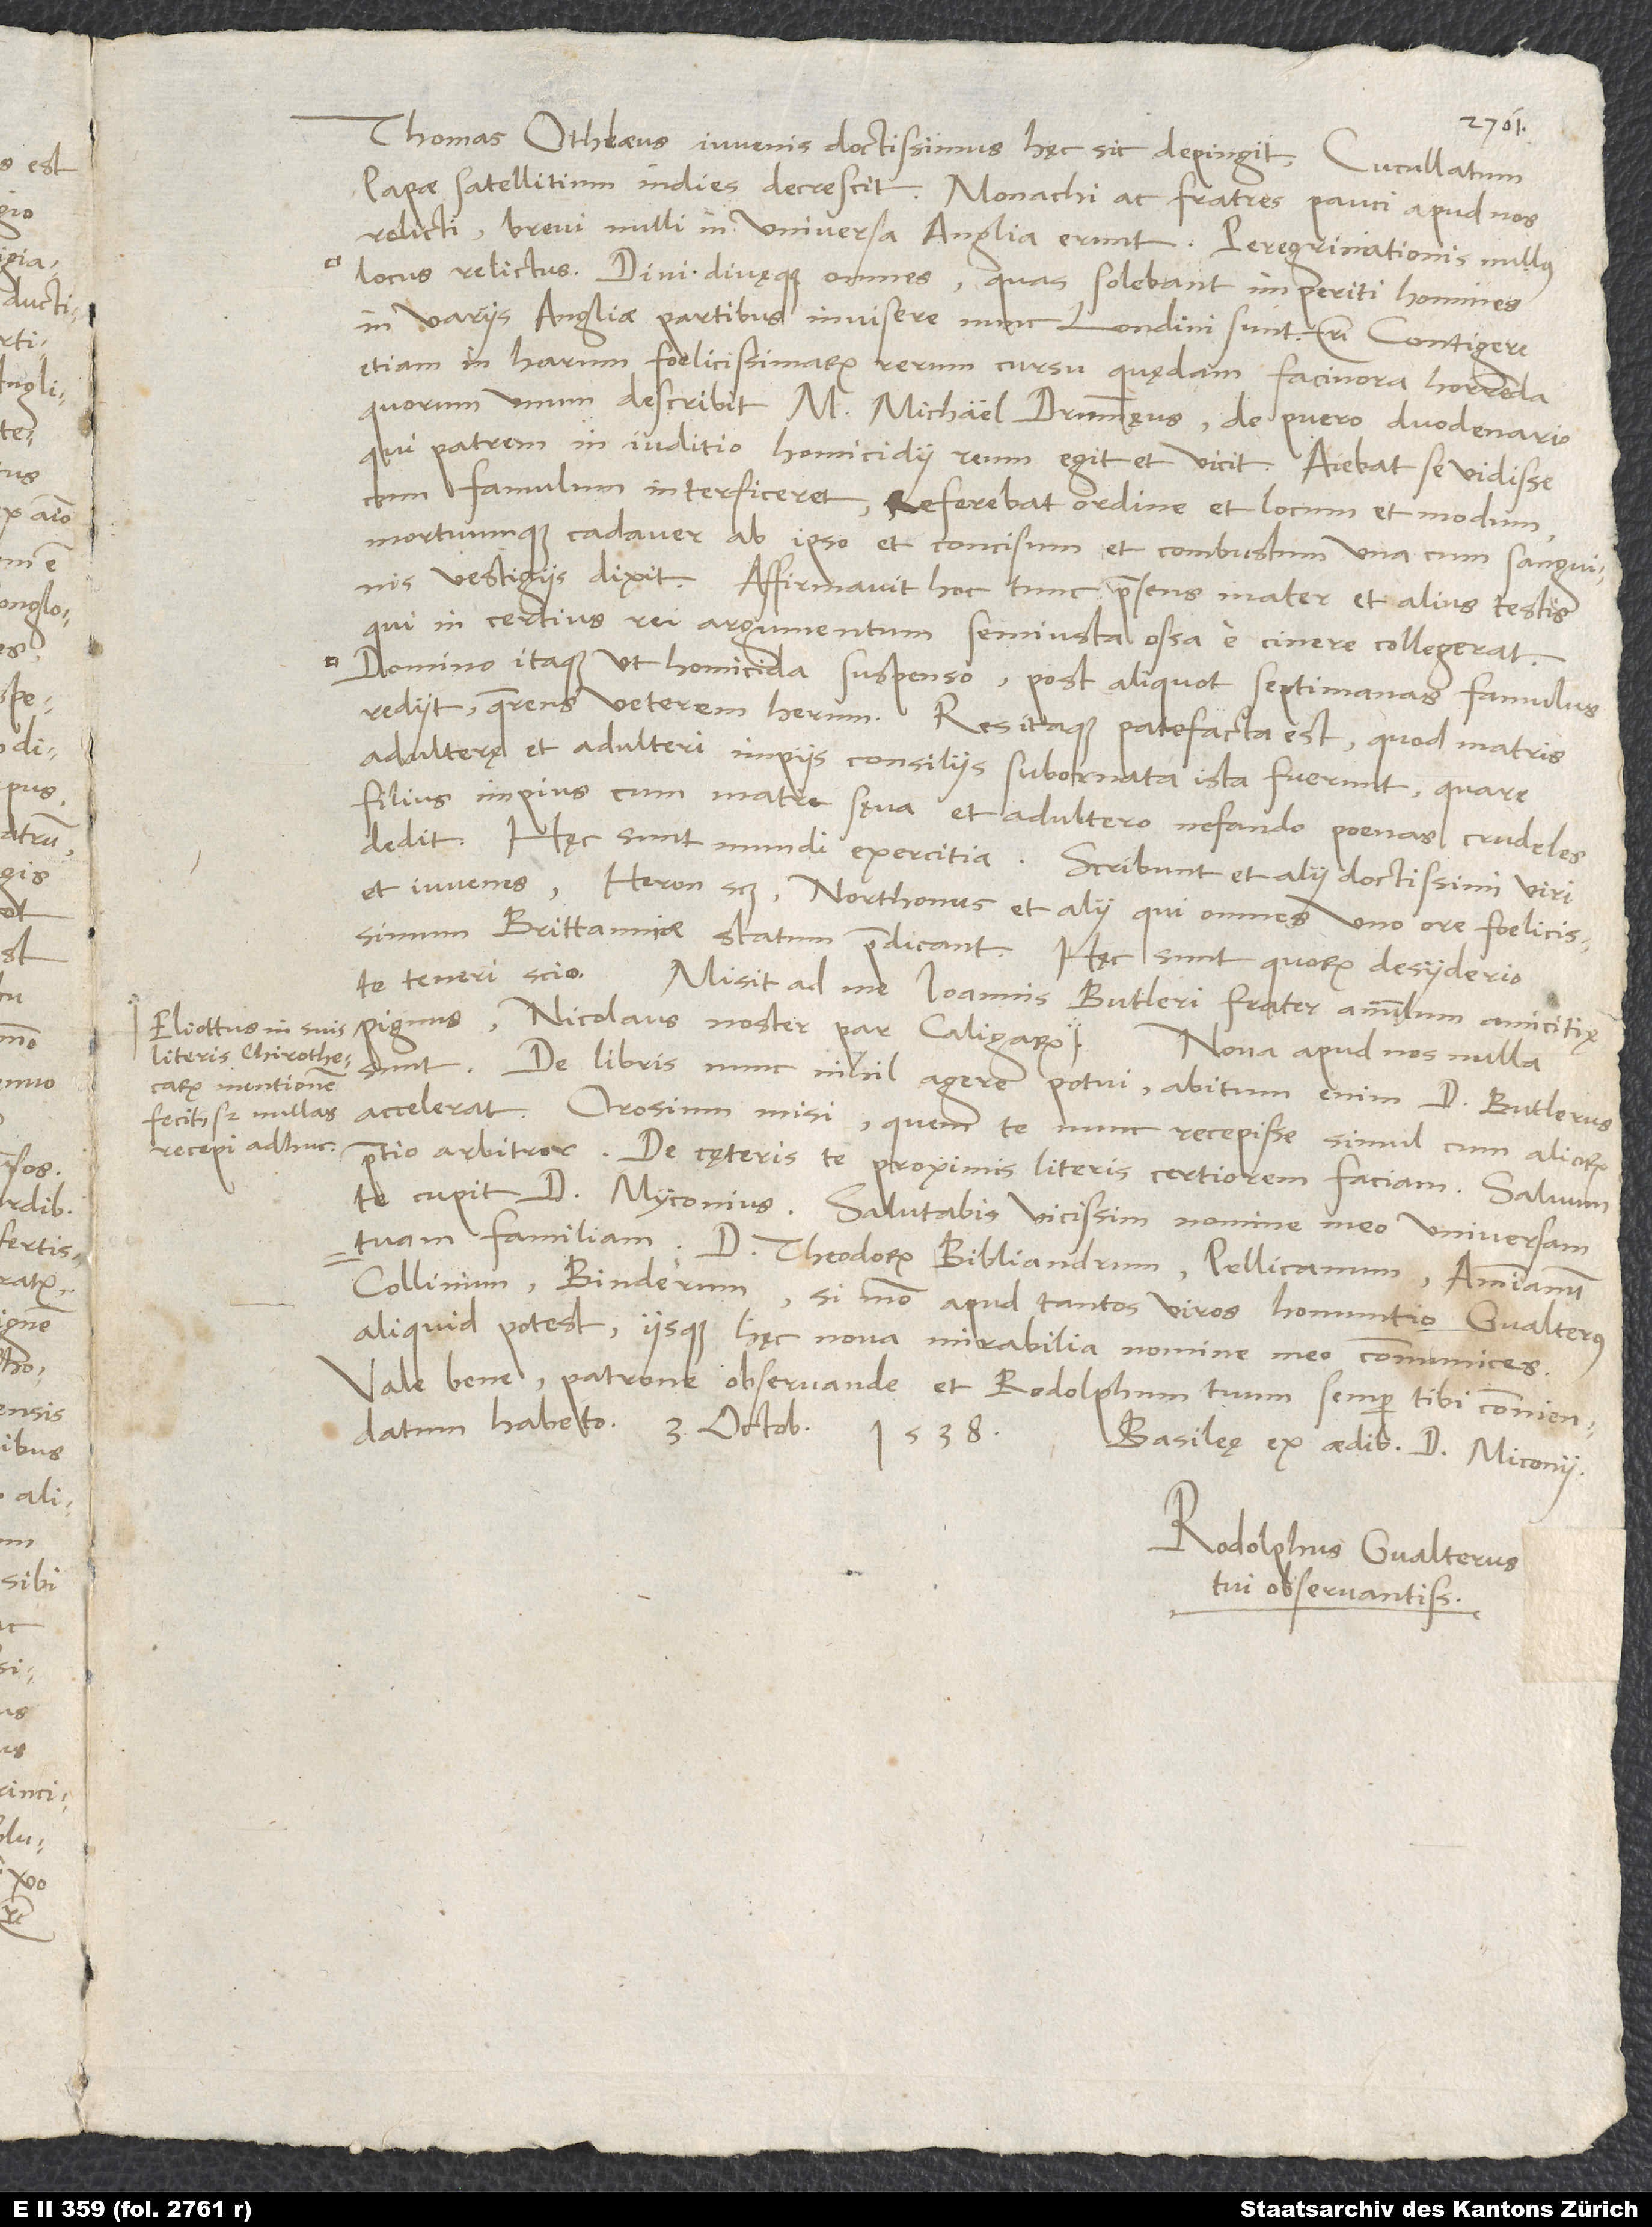
Eliottus in suis
literis chirothecarum
mentionem
fecit, sed nullas
recepi adhuc.

Thomas Othlaeus, iuvenis doctissimus, hęc sic depingit: „Cucullatum
papae satellitium indies decrescit. Monachi ac fratres pauci apud nos
relicti; brevi nulli in universa Anglia erunt. Peregrinationis nullus
locus relictus. Divi divęque omnes, quas solebant imperiti homines
in variis Angliae partibus invisere, nunc Londini sunt“ etc.
etiam in harum foelicissimarum rerum cursu quędam facinora horrenda,
quorum unum describit M. Michael Drummęus, de puero duodenario,
qui patrem in iuditio homicidii reum egit et vicit. Aiebat se vidisse,
famulum interficeret, referebat ordine et locum et modum
mortuumque cadaver ab ipso et concisum et combustum una cum sanguinis
vestigiis dixit. Affirmavit hoc tunc praesens mater et alius testis,
qui in certius rei argumentum semiusta ossa e cinere collegerat.
Domino itaque ut homicida suspenso post aliquot septimanas famulus
rediit quaerens veterem herum. Res itaque patefacta est, quod matris
adulterę et adulteri impiis consiliis subornata ista fuerunt, quare
filius impius cum matre sęva et adultero nefando poenas crudeles
et iuvenes, Heron scilicet, Northonus et alii, qui omnes uno ore foelicissimum
Brittanniae statum praedicant. Hęc sunt, quorum desyderio
te teneri scio.
Misit ad me Ioannis Butleri frater annulum amicitię
pignus, Nicolaus noster par caligarum.
Nova apud nos nulla
sunt. De libris nunc nihil agere potui; abitum enim d. Butlerus
accelerat. Orosium misi, quem te nunc recepisse simul cum aliorum
pretio arbitror. De cęteris te proximis literis certiorem faciam.
te cupit d. Myconius. Salutabis vicissim nomine meo universam
tuam familiam, d. Theodorum Bibliandrum, Pellicanum, Ammianum,
Collinum, Binderum, si modo apud tantos viros homuntio Gvalterus
aliquid potest, iisque hęc nova mirabilia nomine meo communices.
Vale bene, patrone observande, et Rodolphum tuum semper tibi commendatum
habeto. 3. octobris 1538,
Basileę, ex aedibus d. Miconii.
Rodolphus Gvalterus,
tui observantissimus.